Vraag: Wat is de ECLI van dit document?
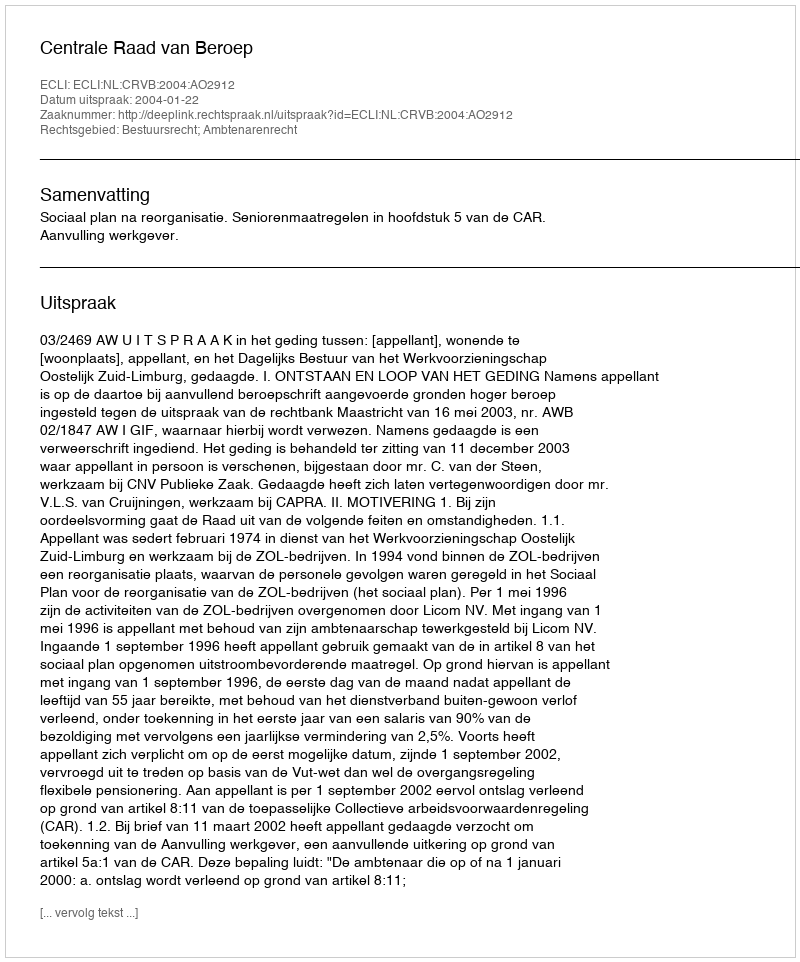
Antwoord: ECLI:NL:CRVB:2004:AO2912